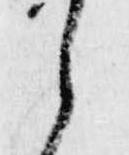
之